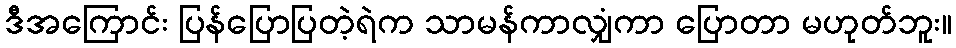
ဒီအကြောင်း ပြန်ပြောပြတဲ့ရဲက သာမန်ကာလျှံကာ ပြောတာ မဟုတ်ဘူး။